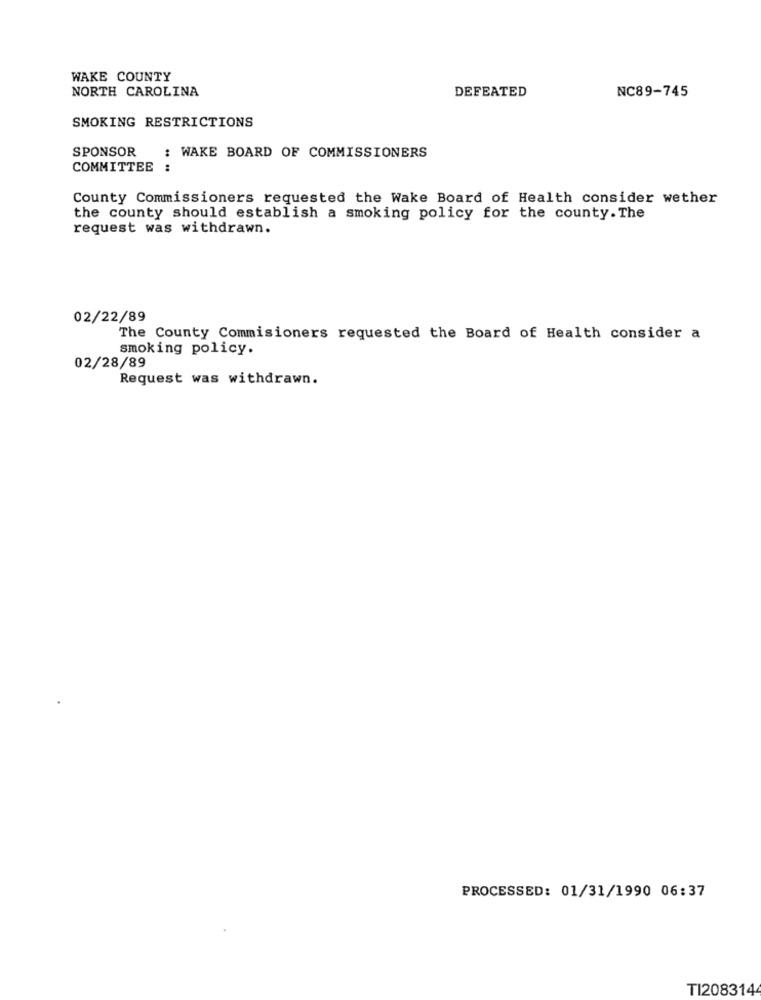
WAKE COUNTY
NORTH CAROLINA
DEFEATED
NC89-745
SMOKING RESTRICTIONS
SPONSOR
: WAKE BOARD OF COMMISSIONERS
COMMITTEE :
County Commissioners requested the Wake Board of Health consider wether
the county should establish a smoking policy for the county. The
request was withdrawn.
02/22/89
The County Commisioners requested the Board of Health consider a
smoking policy.
02/28/89
Request was withdrawn.
PROCESSED: 01/31/1990 06:37
TI2083144